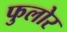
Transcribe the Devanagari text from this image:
फुलोर